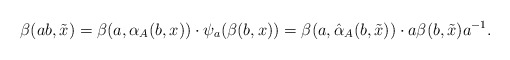
\begin{align*} \beta(ab, \tilde{x})&=\beta(a,\alpha_A(b, x))\cdot \psi_a(\beta(b, x))=\beta(a, \hat{\alpha}_A(b, \tilde{x}))\cdot a\beta(b, \tilde{x})a^{-1}.\end{align*}